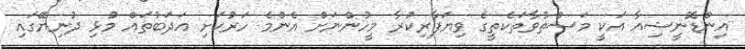
އިންޑޮނީޝިއާ އަކީ މަސްތުވާތަކެތީގެ ވިޔަފާރިކުރާ މީހުންނަށް އެންމެ ހަރުކަށި އަދަބުތައް މުޅި ދުނިޔޭގައި